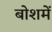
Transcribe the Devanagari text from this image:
बोशमें